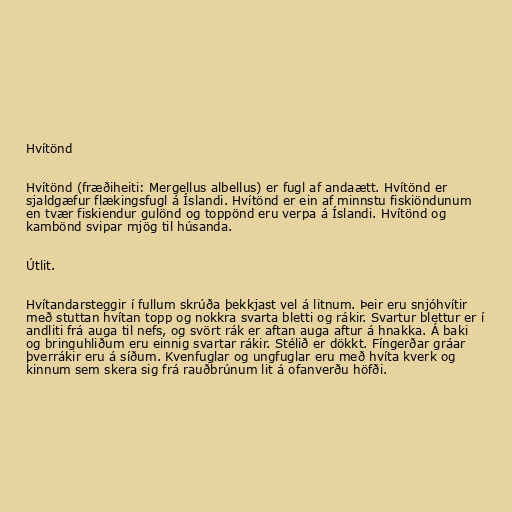
Hvítönd

Hvítönd (fræðiheiti: Mergellus albellus) er fugl af andaætt. Hvítönd er
sjaldgæfur flækingsfugl á Íslandi. Hvítönd er ein af minnstu fiskiöndunum
en tvær fiskiendur gulönd og toppönd eru verpa á Íslandi. Hvítönd og
kambönd svipar mjög til húsanda.

Útlit.

Hvítandarsteggir í fullum skrúða þekkjast vel á litnum. Þeir eru snjóhvítir
með stuttan hvítan topp og nokkra svarta bletti og rákir. Svartur blettur er í
andliti frá auga til nefs, og svört rák er aftan auga aftur á hnakka. Á baki
og bringuhliðum eru einnig svartar rákir. Stélið er dökkt. Fíngerðar gráar
þverrákir eru á síðum. Kvenfuglar og ungfuglar eru með hvíta kverk og
kinnum sem skera sig frá rauðbrúnum lit á ofanverðu höfði.